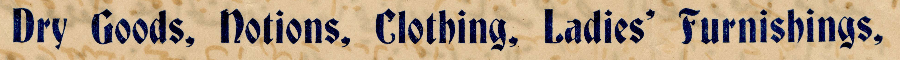
Dry Goods, Notions, Clothing, Ladies' Furnishings,